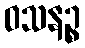
ဝသနဉ္စ